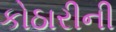
કોઠારીની